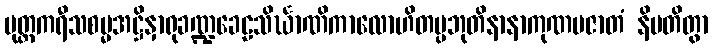
မုတ္တကရီသစမ္မအဋ္ဌိနှာရုခဏ္ဍခေဠသိင်္ဃာဏိကာလောဟိတပ္ပဘုတိနာနာကုဏပဇာတံ နိပတိတွာ